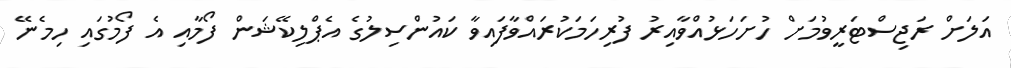
އަލަށް ރަޖިސްޓަރީވުމަށް ހުށަހަޅުއްވާއިރު ފުރިހަމަކުރައްވާފައިވާ ކައުންސިލުގެ އެޕްލިކޭޝަން ފޯމާއި އެ ފޯމުގައި ހިމެނޭ